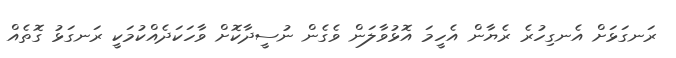
ރަނގަޅަށް އެނގިހުރެ ރެޔާން އެހީމަ އޮޅުވާލަން ވެގެން ނުސީދާކޮށް ވާހަކަދެއްކުމަކީ ރަނގަޅު ގޮތެއް